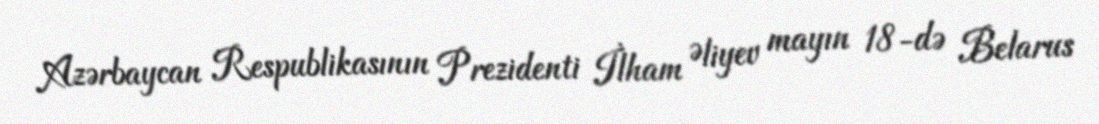
Azərbaycan Respublikasının Prezidenti İlham Əliyev mayın 18-də Belarus